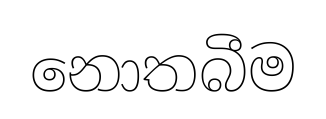
නොතබීම